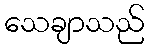
သေချာသည်